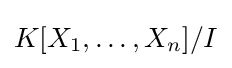
K[X_{1},\dots ,X_{n}]/I